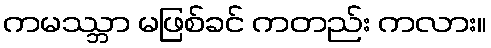
ကမဿ္ဘာ မဖြစ်ခင် ကတည်း ကလား။